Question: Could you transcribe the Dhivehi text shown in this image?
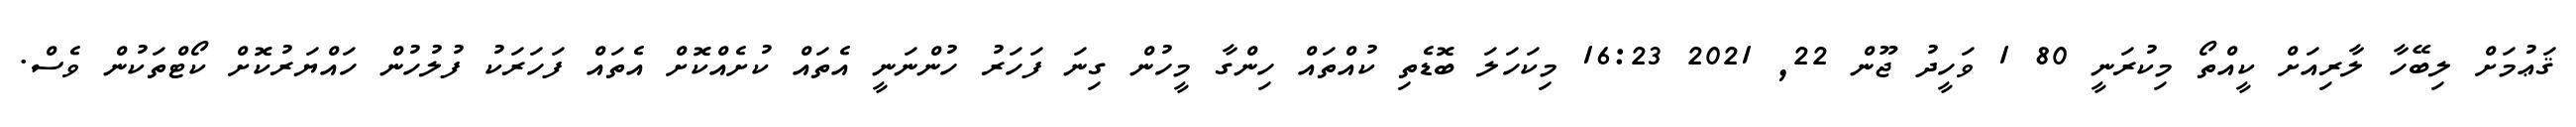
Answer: ޤަޢުމަށް ލިބޭހާ ލާރިއަށް ކީއްތޯ މިކުރަނީ 80 1 ވަހީދު ޖޫން 22, 2021 16:23 މިކަހަލަ ބޮޑެތި ކުއްތައް ހިންގާ މީހުން ގިނަ ފަހަރު ހުންނަނީ އެތައް ކުށެއްކޮށް އެތައް ފަހަރަކު ފުލުހުން ހައްޔަރުކޮށް ކޯޓްތަކުން ވެސް.